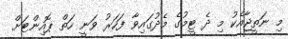
މި ނަތީޖާއެކު މި ދެ ޓީމުގެ މެދުގައިވާ ފަހަރު ވަނީ ހަތް ޕޮއިންޓަށް